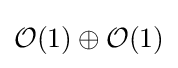
{\mathcal {O}}(1)\oplus {\mathcal {O}}(1)